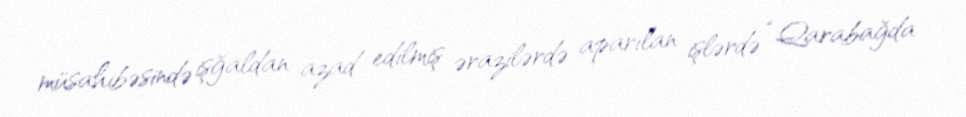
müsahibəsində işğaldan azad edilmiş ərazilərdə aparılan işlərdə “Qarabağda